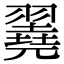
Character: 𦒏